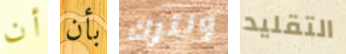
أن بأن ونترك التقليد